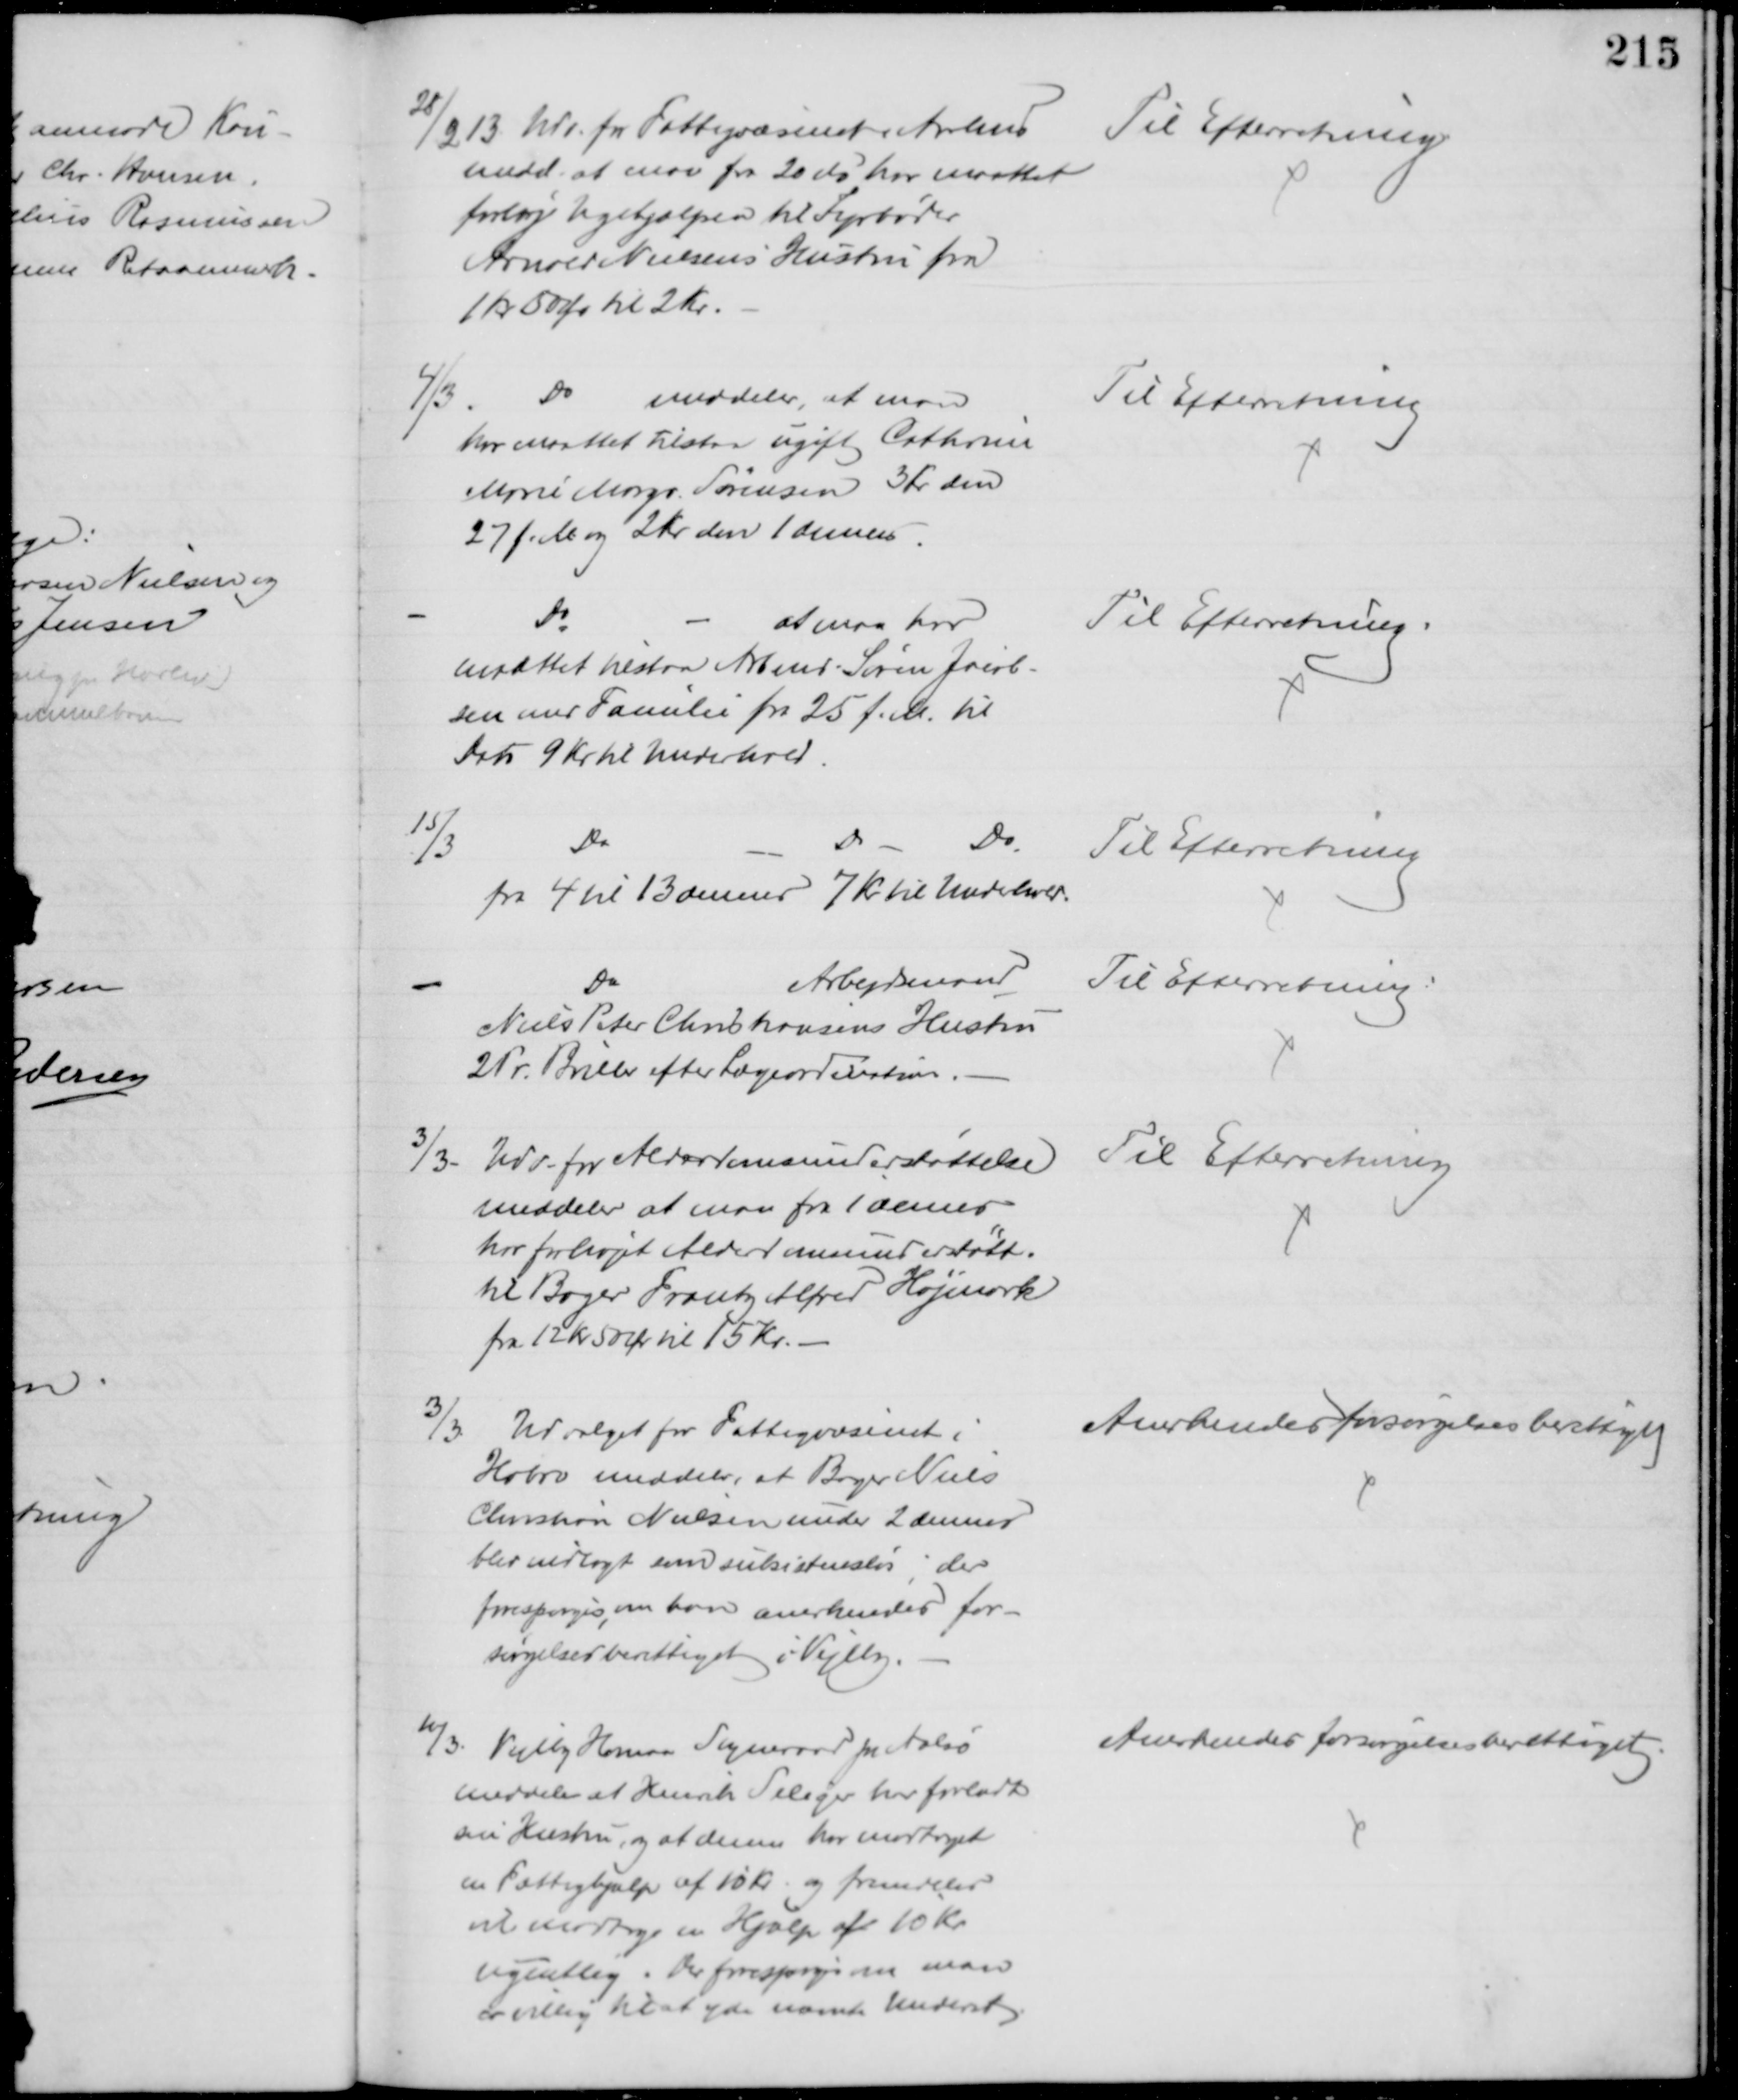
Transskription:
28/2 13. Udv. for Fattigvæsenet i Aarhus 
medd. at man fra 20 ds har maattet
forhøje Ugehjælpen til Fyrbøder
Arnold Nielsens Hustru fra
1 Kr 50 Ør til 2 Kr.
Til Efterretning
4/3.
Do
meddeler, at man
har maattet tilstaa ugift Cathrin 
Marie Margr. Sørensen 3 Kr den
27 f. M. og 2 Kr den 1 dennes.
Til Efterretning
Do
at man har
maattet tilstaa Arbmd. Søren Jacob-
sen med Familie fra 25 f. M. til
Dato 9 Kr til Underhold.
Til Efterretning.
15/3
Do
Do
Do
fra 4 til 13 dennes 7 Kr til Underhold.
Til Efterretning
Do
Arbejdsmand
Niels Peter Christiansens Hustru
2 Pr. Briller efter Lægeordination.
Til Efterretning.
3/3. Udv. for Alderdomsunderstøttelse
meddeler at man fra 1 dennes
har forhøjet Alderdomsunderstøtt.
til Bager Frantz Alfred Højmark
fra 12 Kr 50 Ør til 15 Kr.
Til Efterretning
3/3.
Udvalget for Fattigvæsenet i
Hobro meddeler, at Bager Niels
Christian Nielsen under 2 dennes
blev indlagt som subsistensløs, der
forespørges, om han anerkendes for-
sørgelsesberettiget i Vejlby.
Anerkendes forsørgelsesberettiget
10/3.
Vejlby Homaa Sogneraad pr. Aalsø
meddeler at Henrik Seliger har forladt
sin Hustru, og at denne har modtaget
en Fattighjælp af 15 Kr. og fremdeles
vil modtage en Hjælp af 10 Kr
ugentlig. Der forespørges om man
er villig til at yde nævnte Underst.
Anerkendes forsørgelsesberettiget.